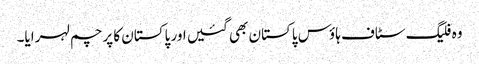
وہ فلیگ سٹاف ہاؤس پاکستان بھی گئیں اور پاکستان کا پرچم لہرایا۔